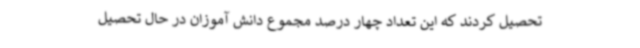
تحصیل کردند که این تعداد چهار درصد مجموع دانش آموزان در حال تحصیل